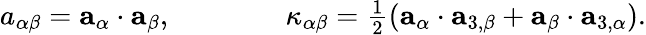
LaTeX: \begin{array}{r}{{a}_{\alpha\beta}={\mathbf{a}}_{\alpha}\cdot{\mathbf{a}}_{\beta},\qquad\qquad{\kappa}_{\alpha\beta}=\frac{1}{2}({\mathbf{a}}_{\alpha}\cdot{\mathbf{a}}_{3,\beta}+{\mathbf{a}}_{\beta}\cdot{\mathbf{a}}_{3,\alpha}).}\end{array}